Report on horse surra - Volume II, Part I
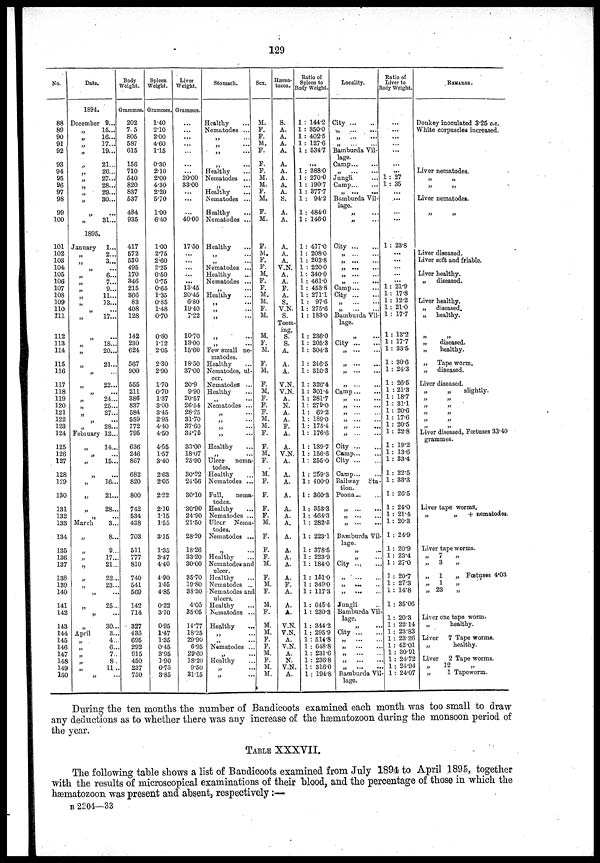
129
No.
88
89
90
91
92
93
94
95
96
97
98
99
100
101
102
103
104
105
106
107
108
109
110
111
112
113
114
115
116
117
118
119
120
121
122
123
124
125
126
127
128
129
130
131
132
133
134
135
136
137
138
139
140
141
142
143
144
145
146
147
148
149
150
Date.
1894.
December
„
„
„
„
„
„
„
„
„
„
„
1895
January
„
„
„
„
„
„
„
„
„
„
„
„
„
„
„
„
„
„
„
„
„
„
February
„
„
„
„
„
„
„
„
March
„
„
„
„
„
„
„
„
„
April
„
„
„
„
„
„
9...
15...
16...
17...
19...
21...
26...
27...
28...
29...
30...
31...
1...
2...
3...
6...
7...
9...
11...
13...
...
17...
18...
20...
21...
22...
...
24...
25...
27...
...
28...
12...
14...
...
15...
...
16...
21...
28...
...
3...
8...
9..
17..
21..
22..
23..
25..
...
30...
3..
4..
6..
7..
8.
11.
Body
Weight.
Grammes.
202
7.5
805
587
615
156
710
540
820
837
537
484
935
417
572
530
495
170
346
215
366
83
408
128
142
230
624
567
900
555
211
386
837
584
559
772
795
636
246
867
682
820
800
742
534
438
703
511
777
810
740
541
569
142
714
327
435
695
292
915
450
237
750
Spleen.
Weight.
Grammes.
1.40
2.10
2.00
4.60
1.15
0.30
2.10
2.00
4.30
2.20
5.70
1.00
6.40
1.00
2.75
2.60
2.25
0.50
0.75
0.65
1.35
0.85
1.48
0.70
0.60
1.12
2.05
2.30
2.90
1.70
0.70
1.37
3.00
3.45
2.95
4.40
4.50
4.55
1.57
3.40
2.63
2.05
2.22
2.10
1.15
1.55
3.15
1.35
3.47
4.40
4.90
1.55
4.85
0.22
3.10
0.95
1.47
1.35
0.45
3.95
1.90
0.75
3.85
Liver
Weight.
Grammes.
...
...
...
...
...
...
20.00
33.00
...
...
...
40.00
17.50
...
...
...
...
...
13 45
20.45
6.80
19.40
7.22
10.70
13.00
15.60
18.50
37.00
20.9
9.90
20.57
26.54
28.25
31.70
37.60
34.75
33.00
18.07
25.90
30.22
24.56
30.10
30.90
24.90
21.50
28.20
18.26
33.20
30.00
35.70
19.80
38.30
4.05
35.05
14.77
18.25
29.90
6.95
29.60
18.20
9.50
31.15
Stomach.
Healthy
Nematodes ...
„
,.
„
...
„
...
Healthy
Nematodes ...
„ ...
Healthy
Nematodes ...
Healthy
Nematodes ...
Healthy
„
...
„
...
Nematodes ...
Healthy
Nematodes ...
„
...
Healthy
„
„ ....
„ ...
„ ...
„
...
Few small ne-
matodes.
Healthy
Nematodes, ul-
cer.
Nematodes ...
Healthy
„
...
Nematodes ...
„...
„
...
„...
„
...
Healthy
„
...
Ulcer
nema-
todes.
Healthy
Nematodes ...
Full,
nema-
todes.
Healthy
Nematodes ...
Ulcer Nema-
todes.
Nematodes ...
„ ...
Healthy
Nematodes and
ulcer.
Healthy
Nematodes ...
Nematodes and
ulcers.
Healthy
Nematodes ..
Healthy
..
...
Nematodes ..
„
...
Healthy
„
...
„ ...
Sex.
M.
F.
F.
M.
F.
F.
F.
M.
M.
F.
M.
F.
M.
F.
M.
F.
F.
M.
F.
F.
M.
M.
F.
M.
M.
F.
M.
F.
M.
F.
M.
F.
F.
F.
M.
M.
F.
F.
M.
F.
M.
F.
F.
F.
F.
M.
F.
F.
F.
M.
F.
M.
F.
M.
F.
M.
M.
F.
F.
M.
F.
M.
M.
Hæma¬
tozoa.
S.
A.
A.
A.
A.
A.
A.
A.
A.
A.
S.
A.
A.
A.
A.
A.
V.N.
A.
A.
F.
A.
S.
V.N.
S.
Teem-
ing.
S.
S.
A.
A.
A.
V.N.
V.N.
A.
N.
A.
A.
F.
A.
A.
V.N.
A.
A.
A.
A.
A.
A.
A.
A.
A.
A.
A.
A.
F.
A.
A.
A.
V.N.
V.N.
A.
V.N.
A.
N.
V.N.
A.
Ratio of
Spleen to Body Weight.
1 : 144.2
1 : 350.0
1 : 402.5
1 : 127.6
1 : 534.7
...
1 : 388.0
1 : 270.0
1 : 190.7
1 : 377.7
1 : 94.2
1 : 484.0
1 : 146.0
1 : 417.0
1 : 208.0
1 : 203.8
1 : 220.0
1: 340.0
1 : 461.0
1 : 453.8
1 : 271.1
1 : 97.6
1 : 275.6
1 : 183.0
1 : 236.0
1 : 205.3
1 : 304.3
1 : 246.5
1 : 310.3
1 : 326.4
1 : 301.4
1 : 281.7
1: 279.0
1 : 69.2
1 : 189.0
1 : 175.4
1: 176.6
1 : 139.7
1 : 156.6
1: 255.0
1 : 259.3
1 : 400.0
1 : 360.3
1: 353.3
1 : 464.3
1 : 282.5
1 : 223.1
1 : 378.5
1 : 223.9
1 : 184.0
1 : 151.0
1 : 349.0
1 : 117.3
1 : 645.4
1 : 230.3
1 : 344.2
1 : 295.9
1 : 514.8
1 : 648.8
1: 231.6
1 : 236.8
1: 316.0
1: 194.8
Locality.
City
„
... ...
„
...
...
„
...
...
Bamburda Vil-
lage.
Camp
„
...
...
Jungli
Camp
„ ...
...
Bamburda Vil-
lage.
„
...
„
...
City
„
...
...
„
...
...
„
...
...
„
...
„
...
...
Camp
City
„
...
...
„
...
...
Bamburda Vil-
lage.
„
...
City
„
...
...
„
....
...
„
„
...
...
Camp
„
...
...
„
...
...
„
„
...
...
„
...
...
„
...
...
City
Camp...
City
Camp...
Railway
Sta-
tion.
Poona...
„
...
...
„
...
...
Bamburda Vil-
lage.
„
...
„
...
City ....
...
„
...
„
...
..
Jungli
Bamburda Vil-
lage.
„ ....
City
„
...
„
„
....
„
...
..
„
...
...
Bamburda Vil
lage.
Ratio of
Liver to
Body Weight.
...
...
...
...
...
1: 27
1: 35
...
...
1 : 23.8
...
...
...
...
1 : 21.9
1 : 17.8
1 : 12.2
1 : 21.0
1 : 17.7
1 : 13.2
1 : 17.7
1 :33.5
1 : 30.6
1 : 24.3
1 : 26.5
1 : 21.3
1 : 18.7
1 : 31.1
1 : 20.6
1 : 17.6
1 : 20.5
1 : 22.8
1 : 19.2
1 : 13.6
1 : 33.4
1 : 22.5
1 : 33.3
1 : 26.5
1 : 24.0
1 : 21.4
1 : 20.3
1 : 24.9
1 : 20.9
1 : 23.4
1 : 27.0
3 : 20.7
1 : 27.3
1 : 14.8
1 : 35.06
1 : 20.3
1 : 22.14
1 : 23.83
1 : 23.26
1 : 42.01
1 : 30.91
1 : 24.72
1 : 24.94
1 : 24.07
REMARKS.
Donkey inoculated 3.25 c.c.
White corpuscles increased.
Liver nematodes.
„
„
„ „
Liver nematodes.
„ „
Liver diseased.
Liver soft and friable.
Liver healthy.
„diseased.
Liver healthy.
„
diseased.
„
healthy.
„ „
„
diseased.
„
healthy.
„
Tape worm.
„
diseased.
Liver diseased.
„
„
slightly.
„
„
„
„
„
„
„
„
„
„
Liver diseased, Fœtuses 33.40
grammes.
Liver tape worms.
„
„
+ nematodes.
Liver tape worms.
„ 7 „
„ 3 „
„
1
„ Fœtuses 4.03
„
1
,.
...
„
23
„
Liver one tape worm.
„
healthy.
Liver 7 Tape worms.
„
healthy.
Liver
2 Tape worms.
„
12
„
„
1 Tapeworm.
During the ten months the number of Bandicoots examined each month was too small to draw
any deductions as to whether there was any increase of the hæmatozoon during the monsoon period of
the year.
TABLE XXXVII.
The following table shows a list of Bandicoots examined from July 1894 to April 1895, together
with the results of microscopical examinations of their blood, and the percentage of those in which the
hæmatozoon was present and absent, respectively :—
B 2204—33